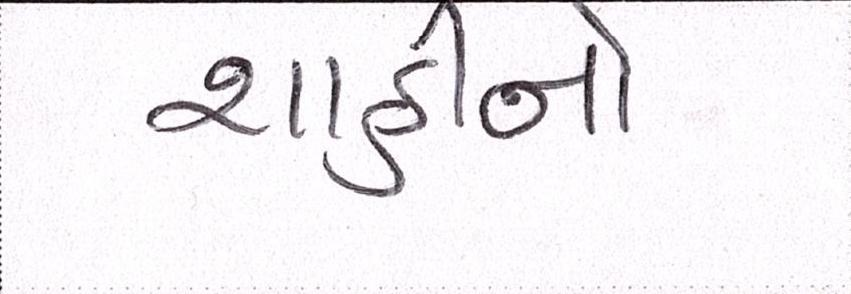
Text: શાહીનો